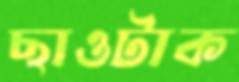
ছাওটাক